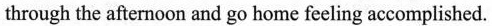
through the afternoon and go home feeling accomplished.